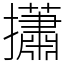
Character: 𢸳